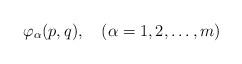
LaTeX: \begin{align*}\varphi_\alpha (p,q), \quad ( \alpha = 1,2, \dots, m )\end{align*}